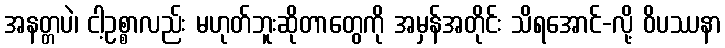
အနတ္တပဲ၊ ငါ့ဥစ္စာလည်း မဟုတ်ဘူးဆိုတာတွေကို အမှန်အတိုင်း သိရအောင်-လို့ ဝိပဿနာ